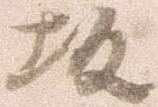
坂